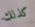
كذلك